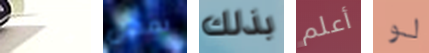
لايقاف يمكن بذلك أعلم لو